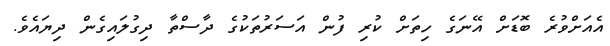
އެއަށްވުރެ ބޮޑަށް އޭނަގެ ހިތަށް ކުރި ފުން އަސަރުތަކުގެ ދާސްތާ ދިގުލައިގެން ދިޔައެވެ.